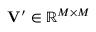
\mathbf { V } ^ { \prime } \in \mathbb { R } ^ { M \times M }